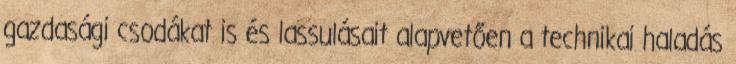
gazdasági csodákat is és lassulásait alapvetően a technikai haladás